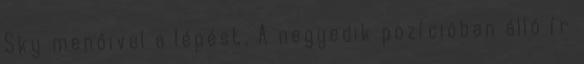
Sky menőivel a lépést. A negyedik pozícióban álló ír